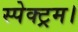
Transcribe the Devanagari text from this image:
स्पेक्ट्रम।